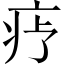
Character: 𬏝